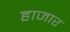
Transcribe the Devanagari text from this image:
हाजार